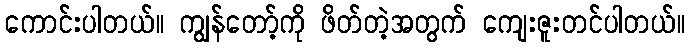
ကောင်းပါတယ်။ ကျွန်တော့်ကို ဖိတ်တဲ့အတွက် ကျေးဇူးတင်ပါတယ်။